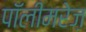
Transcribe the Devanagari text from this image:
पॉलीमरेज़